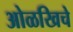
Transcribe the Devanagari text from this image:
ओळखिचे